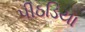
પીઠડિયા